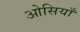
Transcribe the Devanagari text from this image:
ओसियाँ